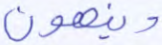
وينهون